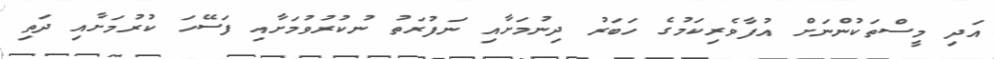
އަދި މީސްތަކުންނަށް އުފާވެރިކަމުގެ ހަބަރު ދިނުމަށާއި ނަފުރަތު ނުކުރުވުމަށާއި ފަސޭހަ ކުރުމަށާއި ދަތި